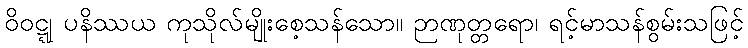
ဝိဝဋ္ဋု ပနိဿယ ကုသိုလ်မျိုးစေ့သန်သော။ ဉာဏုတ္တရော၊ ရင့်မာသန်စွမ်းသဖြင့်